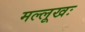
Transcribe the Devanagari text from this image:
मल्लूखः